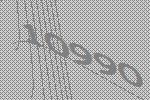
10990